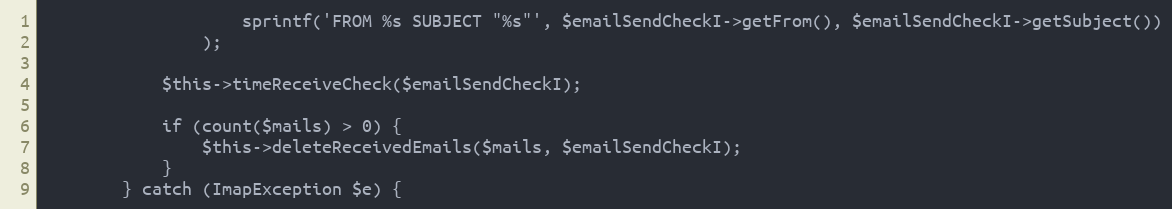
Language: PHP
                    sprintf('FROM %s SUBJECT "%s"', $emailSendCheckI->getFrom(), $emailSendCheckI->getSubject())
                );

            $this->timeReceiveCheck($emailSendCheckI);

            if (count($mails) > 0) {
                $this->deleteReceivedEmails($mails, $emailSendCheckI);
            }
        } catch (ImapException $e) {